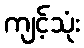
ကျင့်သုံး